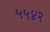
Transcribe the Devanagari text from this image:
५५४२